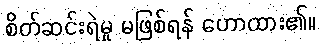
စိတ်ဆင်းရဲမှု မဖြစ်ရန် ဟောထား၏။